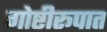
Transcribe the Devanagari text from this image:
गोष्टीरूपात